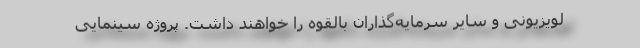
لويزيونی و سایر سرمایه‌گذاران بالقوه را خواهند داشت. پروژه سینمایی